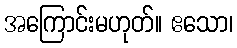
အကြောင်းမဟုတ်။ ဧသော၊